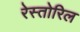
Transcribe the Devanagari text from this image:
रेस्तोरिल